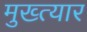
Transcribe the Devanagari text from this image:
मुख्त्यार